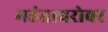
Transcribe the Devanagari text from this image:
महंताबरोबर